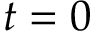
t = 0